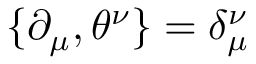
\{ \partial _ { \mu } , \theta ^ { \nu } \} = \delta _ { \mu } ^ { \nu }